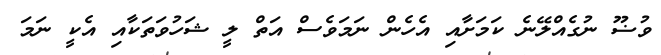
ވުޟޫ ނުގެއްލޭނެ ކަމަށާއި އެހެން ނަމަވެސް އަތް ލީ ޝަހުވަތަކާއި އެކީ ނަމަ